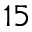
^ { 1 5 }